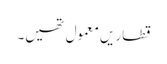
قطاریں معمول تھیں۔